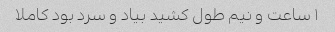
۱ ساعت و نیم طول کشید بیاد و سرد بود کاملا